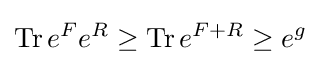
\operatorname {Tr} e^{F}e^{R}\geq \operatorname {Tr} e^{F+R}\geq e^{g}